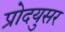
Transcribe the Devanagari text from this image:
प्रोदयुसर